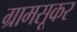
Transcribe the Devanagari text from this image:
ग्रामसूकर